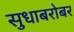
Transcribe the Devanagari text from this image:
सुधाबरोबर